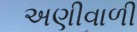
અણીવાળી